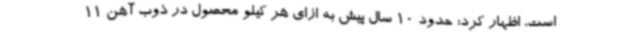
است، اظهار کرد: حدود 10 سال پیش به ازای هر کیلو محصول در ذوب آهن 11